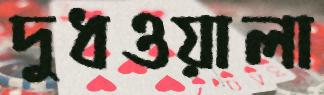
দুধওয়ালা